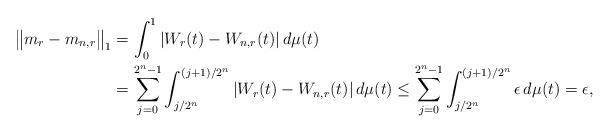
LaTeX: \begin{align*}\big\|m_r-m_{n,r}\big\|_1 &= \int^1_0 |W_r(t) - W_{n,r}(t)|\,d\mu(t)\\ &= \sum^{2^n-1}_{j=0} \int^{(j+1)/2^n}_{j/2^n} |W_r(t) - W_{n,r}(t)|\,d\mu(t) \le \sum^{2^n-1}_{j=0} \int^{(j+1)/2^n}_{j/2^n} \epsilon \,d\mu(t) = \epsilon,\end{align*}